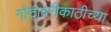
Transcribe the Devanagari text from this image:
गोदावरीकाठीच्या